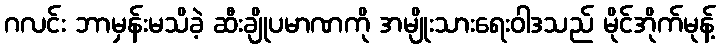
ဂလင်း ဘာမှန်းမသိခဲ့ ဆီးချိုပမာဏကို အမျိုးသားရေးဝါဒသည် မိုင်အိုက်မုန့်